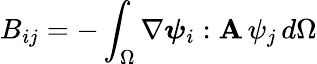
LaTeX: B_{ij}=-\int_{\Omega}\nabla\boldsymbol{\psi}_{i}:\mathbf{A}\, \psi_{j}\, d\Omega